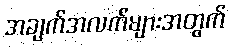
အချက်အလက်များအတွက်